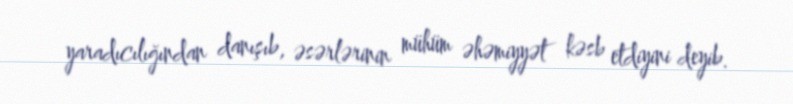
yaradıcılığından danışıb, əsərlərinin mühüm əhəmiyyət kəsb etdiyini deyib.